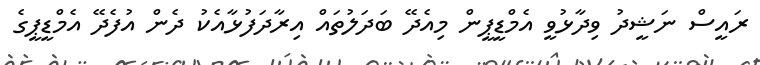
ރައީސް ނަޝީދު ވިދާޅުވީ އެމްޑީޕީން މިއެދޭ ބަދަލުތައް އިރާދަފުޅާއެކު ދެން އުފެދޭ އެމްޑީޕީގެ